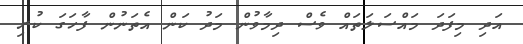
އަދި މިފަދަ މައްސަލަތައް ވެސް ދިމާވުން މަދު ކަން އެތަނުން ފާހަގަ ކުރި